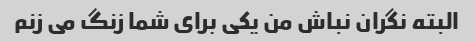
البته نگران نباش من یکی برای شما زنگ می زنم